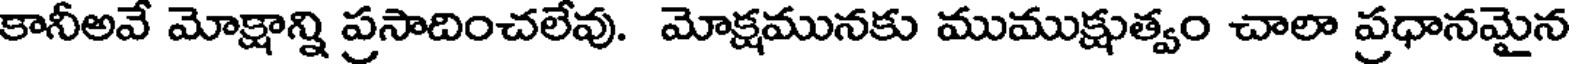
కానీఅవే మోక్షాన్ని ప్రసాదించలేవు. మోక్షమునకు ముముక్షుత్వం చాలా ప్రధానమైన